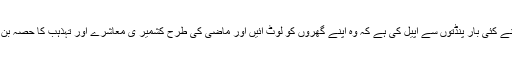
میر واعظ نے اس موقع پر کہا کہ انہوں نے کئی بار پنڈتوں سے اپیل کی ہے کہ وہ اپنے گھروں کو لوٹ آئیں اور ماضی کی طرح کشمیر ی معاشرے اور تہذہب کا حصہ بن کر کے یہاں دوبارہ سے زندگی گزاریں۔